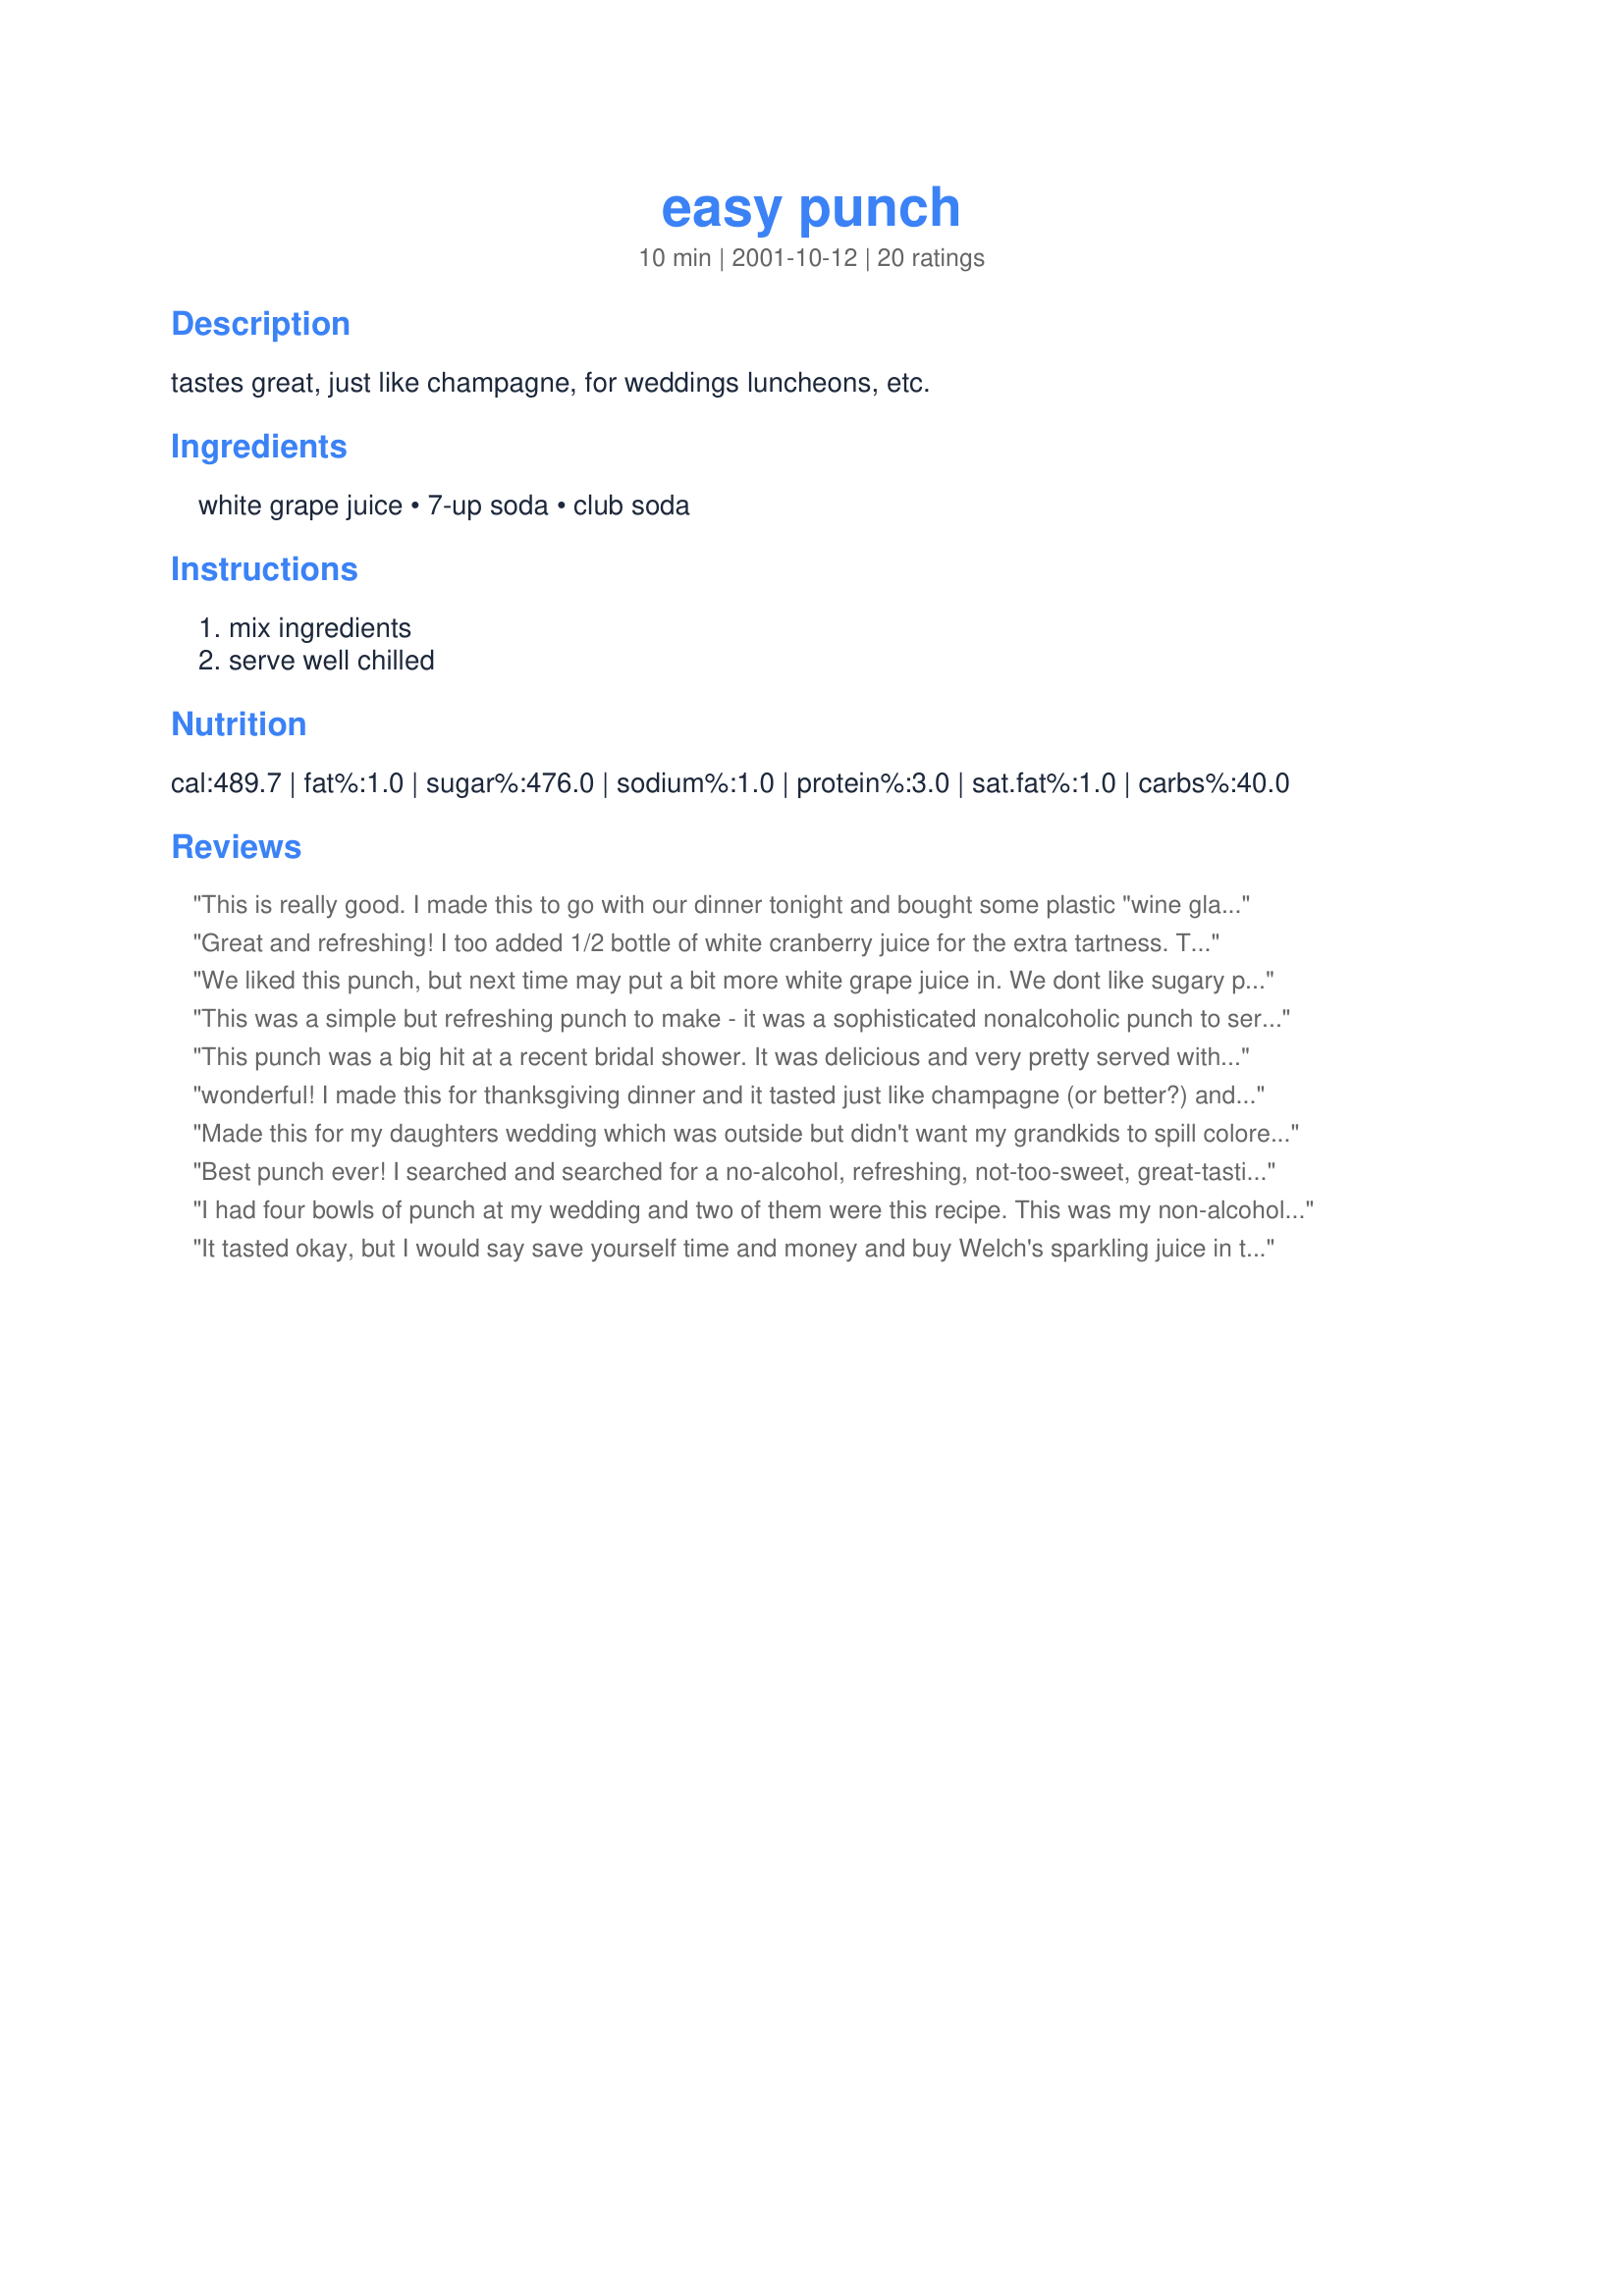
easy punch
Preparation time: 10 minutes

tastes great, just like champagne, for weddings luncheons, etc.

Ingredients:
white grape juice, 7-up soda, club soda

Steps:
mix ingredients, serve well chilled

Reviews:
This is really good. I made this to go with our dinner tonight and bought some plastic "wine glasses" for the kids to drink it in. They thought that was so funny. We really enjoyed the flavor of this, I plan on making it for Thankgsiving this year. Thank you for sharing your recipe with us.
Great and refreshing! I too added 1/2 bottle of white cranberry juice for the extra tartness. Thanks for a nice drink everyone can have.
We liked this punch, but next time may put a bit more white grape juice in. We dont like sugary punches, BUT a tad sweeter would have made it a five star recipe. It looks so fancy! Since I rarely drink alchohol, its nice to have a drink that looks so pretty. This is definately a keeper, try it, you'll like it!
This was a simple but refreshing punch to make - it was a sophisticated nonalcoholic punch to serve with our appetizers for a dine and dash party.
This punch was a big hit at a recent bridal shower. It was delicious and very pretty served with an ice ring (made with the same ingredients found in the punch so as not to water down the punch). Used lemon, lime, and orange slices in the ice ring, which made for a very pretty presentation. I would highly recommend this punch!
wonderful! I made this for thanksgiving dinner and it tasted just like champagne (or better?) and looked just as beautiful. I am adding this to my zaar stars cookbook and look forward to make it for many more holidays! thanks for sharing it. :)
Made this for my daughters wedding which was outside but didn't want my grandkids to spill colored punch on their dresses which would stain. This punch worked perfectly. I made an ice ring with white grape juice and added lemon, limes, oranges and some fresh mint. I also added a bottle of the white cranberry juice and the juice squeezed from an orange to the punch. Everyone enjoyed this and wanted the recipe. In one punch bowl I did add some dry ice because it was so hot that day that the ice ring was melting fast. It added the steam and bubbles that enticed the kids. Thank you for a wonderful recipe.
Best punch ever! I searched and searched for a no-alcohol, refreshing, not-too-sweet, great-tasting punch recipe for a school event, and this is it! It received raves at the party by adults and teens alike. Hint - have all ingredients very cold ahead of time and make an ice ring or two out of additional white grape juice - it won't water down the punch. Have plenty of ingredients on hand - it goes quickly!
I had four bowls of punch at my wedding and two of them were this recipe. This was my non-alcoholic one and it went as fast the other. I looked for the white cranberry juice but couldn't find it, I thought it was fine without it.
It tasted okay, but I would say save yourself time and money and buy Welch's sparkling juice in the champagne-like bottle. That's what it tastes like to me.
This punch is simple to make, and it's cost effective. Compare the cost of a large batch of this to the same amount of sparkling cider. This punch tastes great and looks classy. (Plus, a spill won't result in a big red stain on the carpet!)
Made this today for a drop-in at work, for about 30 people. It was very popular, and I got many compliments. I used the frozen cranberries to help keep it cold and for decoration, and got a lot of compliments on that, too. Thank you sharing a great recipe!
I was on the lookout for a delicious non-alcoholic punch to serve to some ladies I had invited for lunch yesterday and this fit the bill perfectly! Everyone loved it, and it didn't cost me an arm and a leg to make it! Thanks!
Made today for a wedding shower and most thought it was pretty good. I personally thought it was a bit sweet but otherwise pretty good.
"The punch is awesome!" raved my son's friend. All the kids loved it. They liked how bubbly it was and were talking about how it burned. lol. The weirdest kid comment was, "even when you're choking on it its good." I'm not sure what that means. :) The adults liked it too. I served it for our community's Birth of Baha'u'llah celebration.
I used one can of Welch's frozen white grape juice concentrate mixed with water up to about 2 quarts, a 2 liter bottle of 7-up, and a 12 ounce can of seltzer water.
Thanks for the easy, yummy punch!
FABULOSO!!!!!!!!!! What a great treat this was! People drank and drank. I used ginger ale instead of 7up and froze a white grape juice "mold" in my bundt pan. People just loved the punch and the extra on hand will be used for new year's.
I was looking for something to serve at my wedding that would mimic sparkling grape juice for a lower cost and this punch is perfect (and so much cheaper than spending $5 per bottle on the premade stuff). Served it at a dinner party last weekend and everyone kept refilling their glasses, so we will definitely serve it at the wedding reception. I didn't use exact measurements - just poured about 2/5 grape juice, 2/5 7-up, & 1/5 club soda. I love that it's clear, so no stains will end up on the church's linens or on my wedding dress (why do I always spill when wearing white???)
not to sweet and a gender neutral color. it was a hit!
I wanted to serve something other than a red punch for my guests that abstained from alcohol at my holiday get-togethers. This worked perfectly, although we felt that it needed just a bit more "punch" and added about 1/2 of a large bottle of white cranberry juice to the mix for added tartness. We also froze a bag of fresh cranberries and floated them in the punch served in my vintage punch bowl instead of ice cubes or an ice ring. It was a nive festive touch.
Has the taste and fizzle of real champaign. Is great especially for the cost and time it takes to make it. Have served it at weddings, showers, rehearsal dinners etc.
